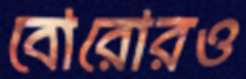
বোরোরও